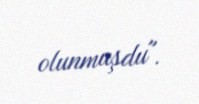
olunmuşdu".